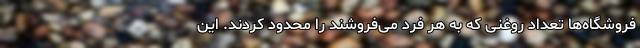
فروشگاه‌ها تعداد روغنی که به هر فرد می‌فروشند را محدود کردند. این